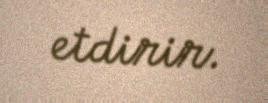
etdirir.